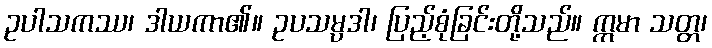
ဥပါသကဿ၊ ဒါယကာ၏။ ဥပသမ္ပဒါ၊ ပြည့်စုံခြင်းတို့သည်။ ဣမာ သတ္တ၊